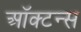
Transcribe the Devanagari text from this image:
ऑक्टन्स